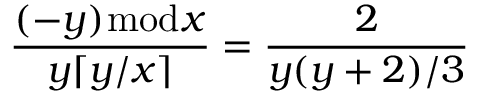
{ \frac { ( - y ) { \bmod { x } } } { y \lceil y / x \rceil } } = { \frac { 2 } { y ( y + 2 ) / 3 } }